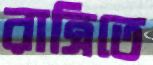
রাত্রিতে